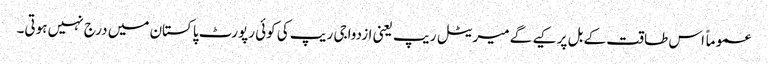
عموماً اس طاقت کے بل پر کیے گے میریٹل ریپ یعنی ازدواجی ریپ کی کوئی رپورٹ پاکستان میں درج نہیں ہوتی۔